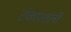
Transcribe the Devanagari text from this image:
टंकाशाली